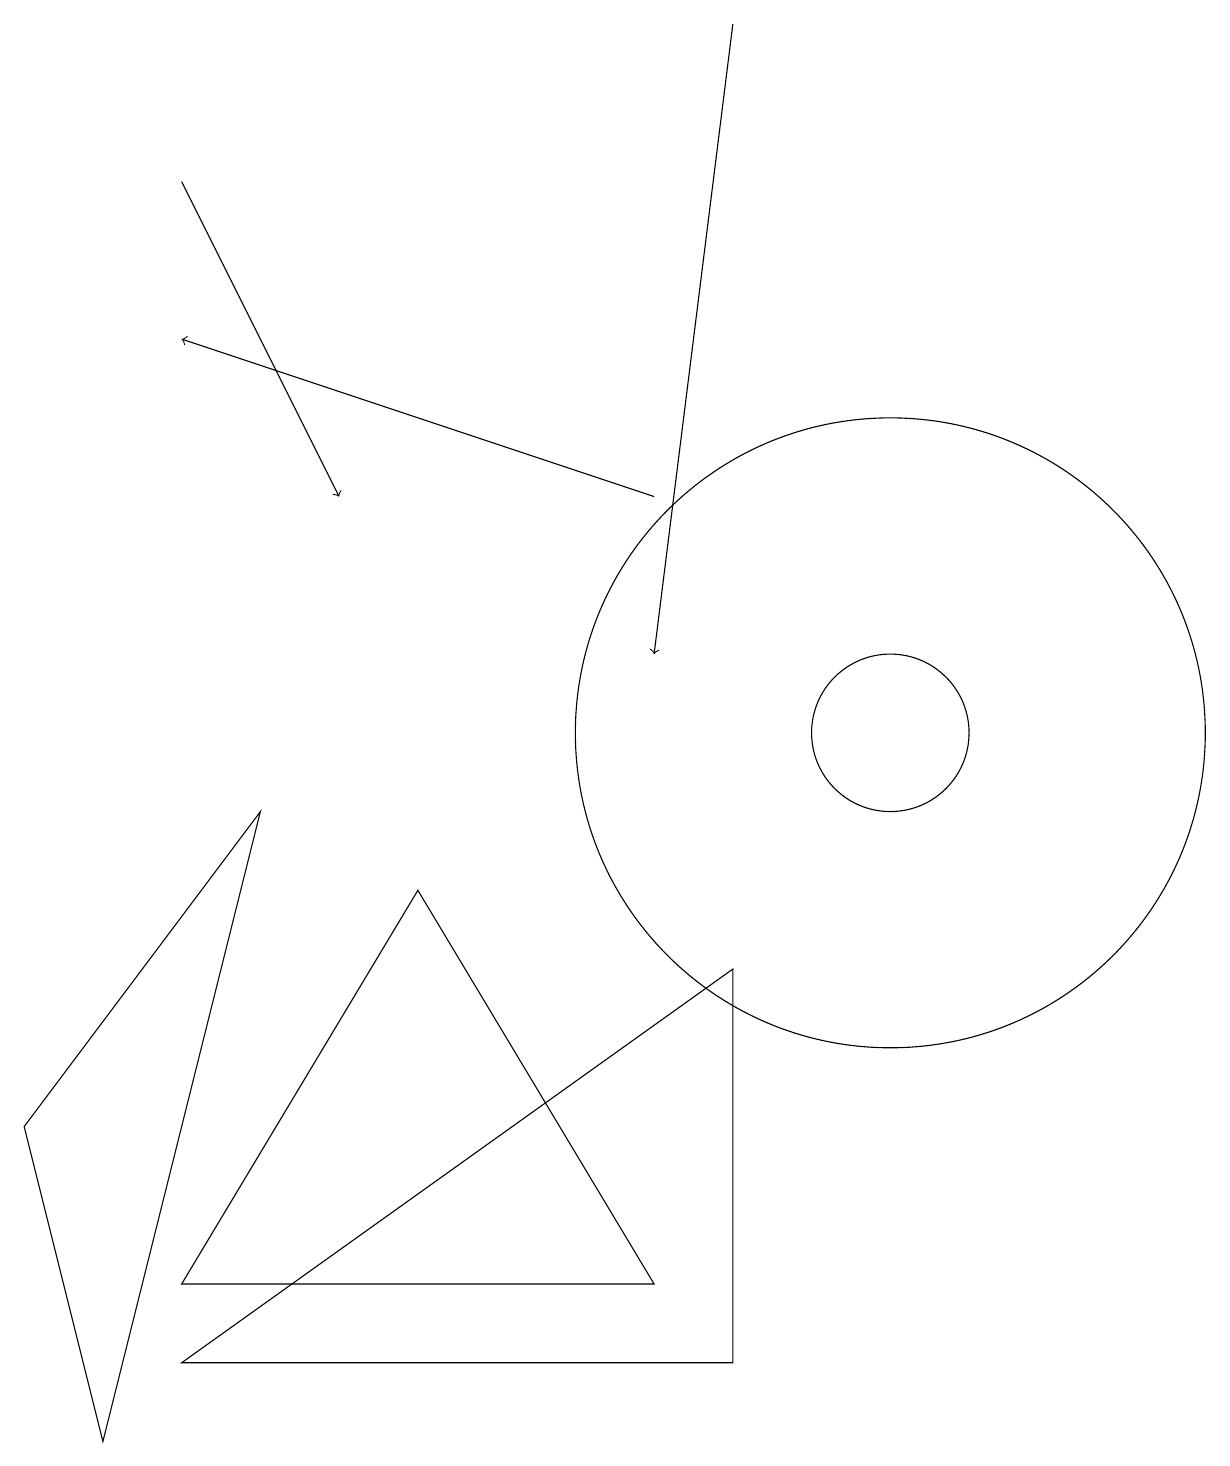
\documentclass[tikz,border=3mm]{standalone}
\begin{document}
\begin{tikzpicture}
\draw (11,10) circle (1);
\draw (9,2) -- (2,2) -- (9,7) -- cycle;
\draw[->] (8,13) -- (2,15);
\draw (5,8) -- (8,3) -- (2,3) -- cycle;
\draw[->] (2,17) -- (4,13);
\draw[->] (9,19) -- (8,11);
\draw (1,1) -- (0,5) -- (3,9) -- cycle;
\draw (11,10) circle (4);
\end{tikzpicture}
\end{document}